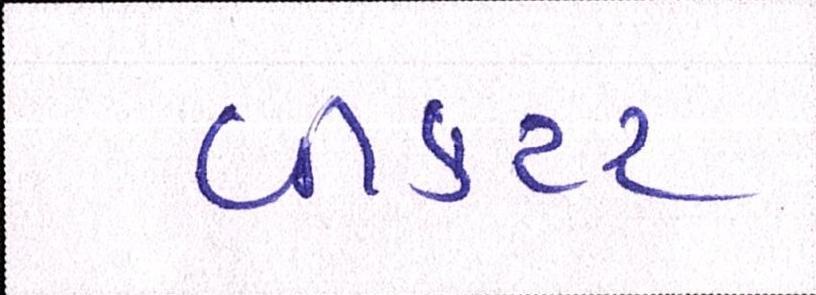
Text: વીકટર